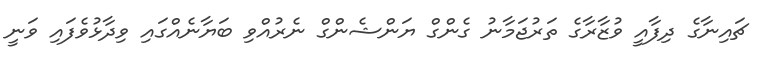
ޗައިނާގެ ދިފާއީ ވުޒާރާގެ ތަރުޖަމާނު ގެންގް ޔަންޝެންގް ނެރުއްވި ބަޔާނެއްގައި ވިދާޅުވެފައި ވަނީ